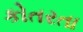
કોતરતા